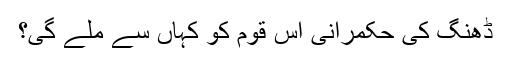
ڈھنگ کی حکمرانی اس قوم کو کہاں سے ملے گی؟